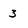
Character: 3